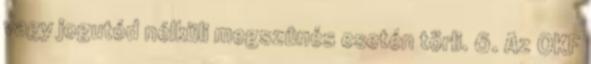
vagy jogutód nélküli megszûnés esetén törli. 6. Az OKF